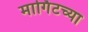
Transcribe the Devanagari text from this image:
मार्गिटच्या